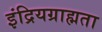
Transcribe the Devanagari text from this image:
इंद्रियग्राह्मता